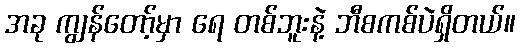
အခု ကျွန်တော့်မှာ ရေ တစ်ဘူးနဲ့ ဘီစကစ်ပဲရှိတယ်။